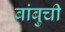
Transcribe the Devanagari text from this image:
बांबुची